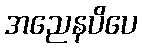
အညေနပိပေ